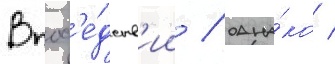
Впосл'е́дств'ии / одна́ко /